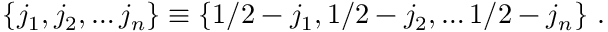
\{ j _ { 1 } , j _ { 2 } , \dots j _ { n } \} \equiv \{ 1 / 2 - j _ { 1 } , 1 / 2 - j _ { 2 } , \dots 1 / 2 - j _ { n } \} \ .